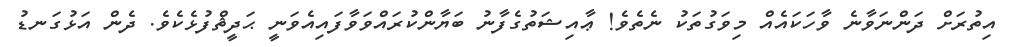
އިތުރަށް ދަންނަވާނެ ވާހަކައެއް މިވަގުތަކު ނެތެވެ! ޢާއިޝަތުގެފާނު ބަޔާންކުރައްވަވާފައިއެވަނީ ޙަދީޘްފުޅެކެވެ. ދެން އަޅުގަނޑު